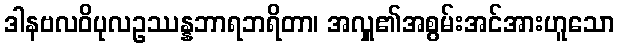
ဒါနဗလဝိပုလဥဿန္နဘာရဘရိတာ၊ အလှူ၏အစွမ်းအင်အားဟူသော